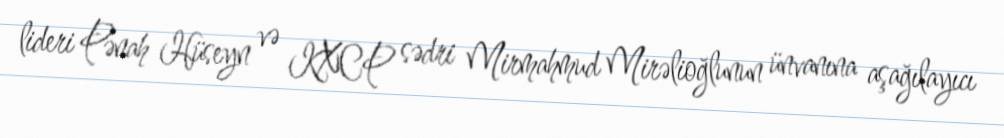
lideri Pənah Hüseyn və KXCP sədri Mirmahmud Mirəlioğlunun ünvanına aşağılayıcı